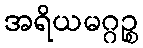
အရိယမဂ္ဂဉ္စ